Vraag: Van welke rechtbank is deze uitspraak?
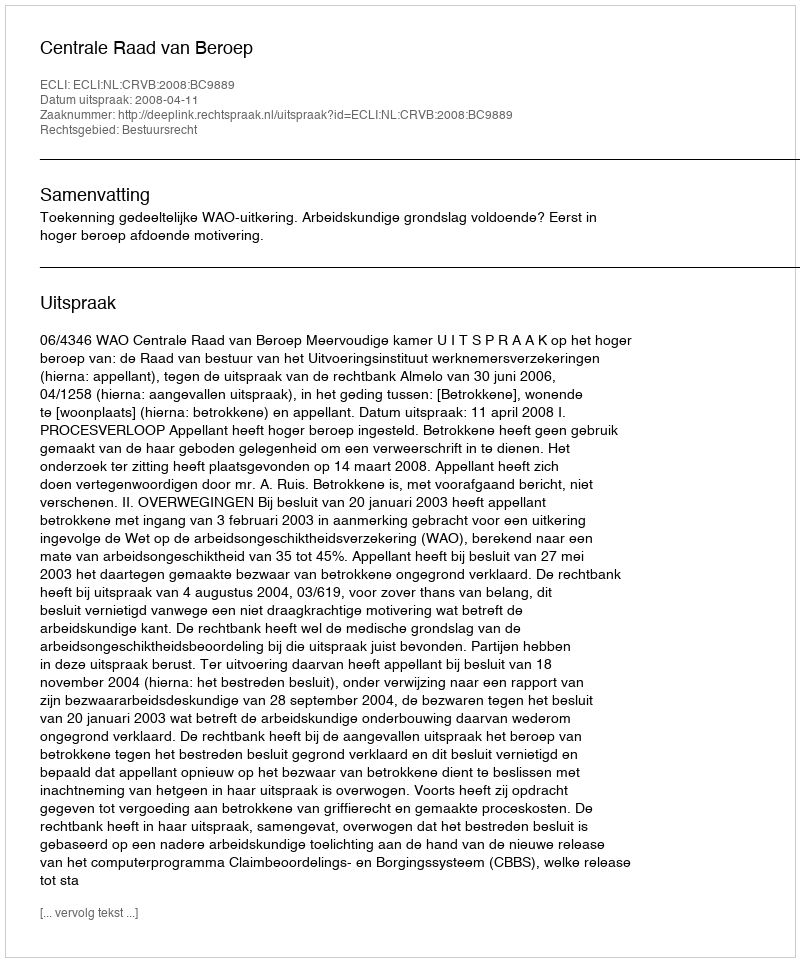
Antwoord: Centrale Raad van Beroep